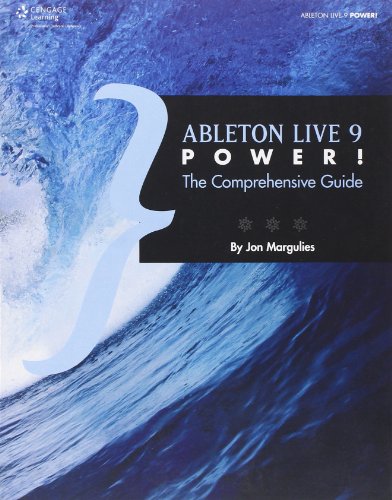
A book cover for Ableton Live 9 Power!: The Comprehensive Guide; Jon Margulies; Arts & Photography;